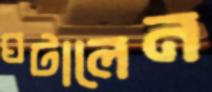
ঘটালেন